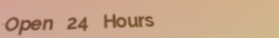
Open 24 Hours